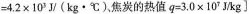
= 4.2 \times 103 J / ( kg·℃ ) $$，焦炭的热值$$ q = 3.0 \times 107J / kg $$]